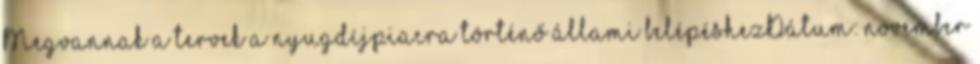
Megvannak a tervek a nyugdíjpiacra történő állami belépéshezDátum: november